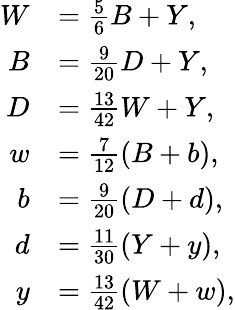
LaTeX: {\begin{array}{rl}{W}&{={\frac{5}{6}}B+Y,}\\ {B}&{={\frac{9}{20}}D+Y,}\\ {D}&{={\frac{13}{42}}W+Y,}\\ {w}&{={\frac{7}{12}}(B+b),}\\ {b}&{={\frac{9}{20}}(D+d),}\\ {d}&{={\frac{11}{30}}(Y+y),}\\ {y}&{={\frac{13}{42}}(W+w),}\end{array}}